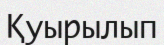
Қуырылып